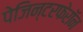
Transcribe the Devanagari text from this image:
पेजिन्टरफेरॉन